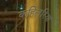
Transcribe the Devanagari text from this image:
कहिलूरिया